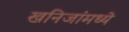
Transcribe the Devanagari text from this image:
खनिजांमध्ये